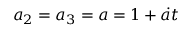
a _ { 2 } = a _ { 3 } = a = 1 + \dot { a } t